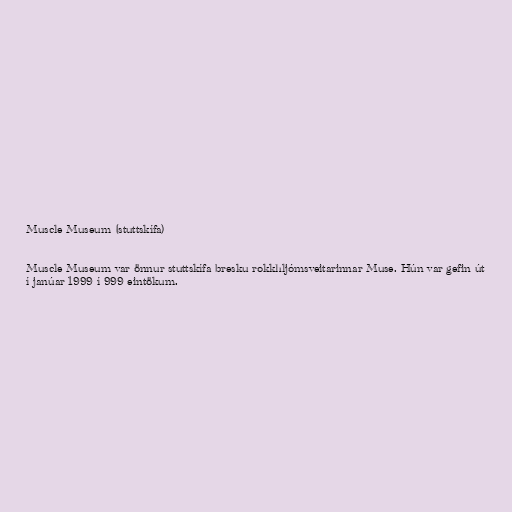
Muscle Museum (stuttskífa)

Muscle Museum var önnur stuttskífa bresku rokkhljómsveitarinnar Muse. Hún var gefin út
í janúar 1999 í 999 eintökum.